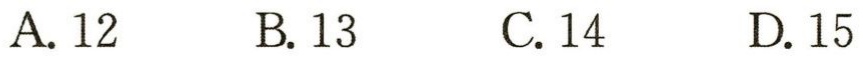
A. 12  B. 13  C. 14  D. 15